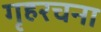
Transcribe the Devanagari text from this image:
गृहरचना